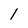
Character: 1